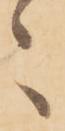
々